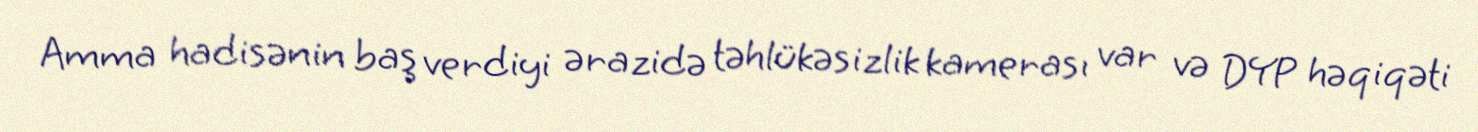
Amma hadisənin baş verdiyi ərazidə təhlükəsizlik kamerası var və DYP həqiqəti